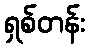
ရှစ်တန်း